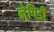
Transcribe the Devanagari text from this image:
नेपिडी